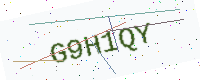
Text: G9H1QY